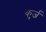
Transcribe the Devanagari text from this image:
कुर्ज